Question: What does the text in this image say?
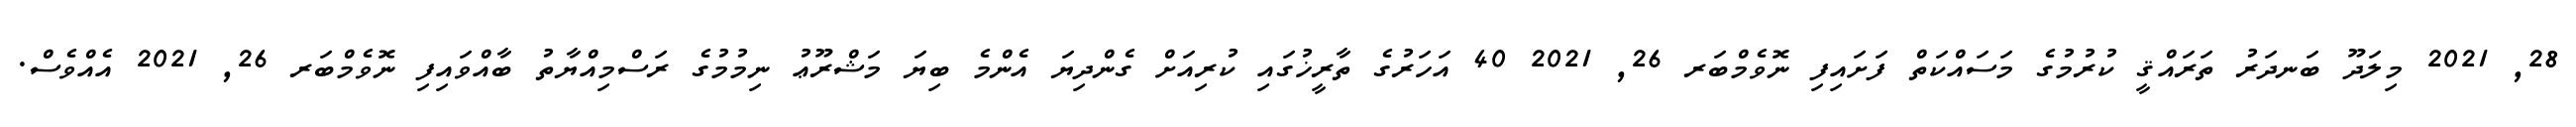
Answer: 28, 2021 މިލަދޫ ބަނދަރު ތަރައްޤީ ކުރުމުގެ މަސައްކަތް ފަށައިފި ނޮވެމްބަރ 26, 2021 40 އަހަރުގެ ތާރީޚުގައި ކުރިއަށް ގެންދިޔަ އެންމެ ބިޔަ މަޝްރޫޢު ނިމުމުގެ ރަސްމިއްޔާތު ބާއްވައިފި ނޮވެމްބަރ 26, 2021 އެއްވެސް.